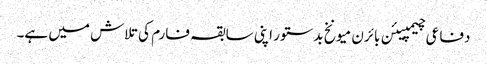
دفاعی چیمپیئن بائرن میونخ بدستور اپنی سابقہ فارم کی تلاش میں ہے۔